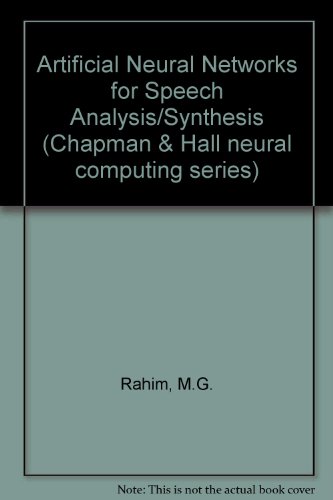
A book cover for Artificial Neural Networks for Speech Analysis/Synthesis (Chapman & Hall Neural Computing, 6); Mazin G. Rahim; Computers & Technology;